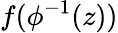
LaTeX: f(\phi^{-1}(z))